Report on vaccination in Madras 1904-1921 - 1904-1921
Year: 1904
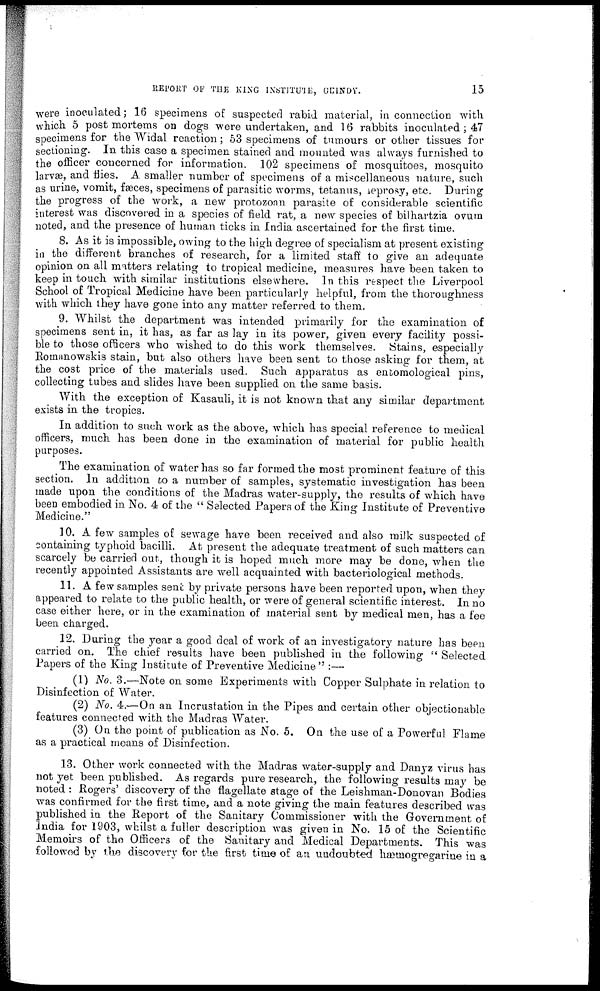
REPORT OF THE KING INSTITUTE, GUINDY.
15
were inoculated; 16 specimens of suspected rabid material, in connection with
which 5 post mortems on dogs were undertaken, and 16 rabbits inoculated; 47
specimens for the Widal reaction; 53 specimens of tumours or other tissues for
sectioning. In this case a specimen stained and mounted was always furnished to
the officer concerned for information. 102 specimens of mosquitoes, mosquito
larvæ, and flies. A smaller number of specimens of a miscellaneous nature, such
as urine, vomit, fæces, specimens of parasitic worms, tetanus, leprosy, etc. During
the progress of the work, a new protozoan parasite of considerable scientific
interest was discovered in a species of field rat, a new species of bilhartzia ovum
noted, and the presence of human ticks in India ascertained for the first time.
8. As it is impossible, owing to the high degree of specialism at present existing
in the different branches of research, for a limited staff to give an adequate
opinion on all matters relating to tropical medicine, measures have been taken to
keep in touch with similar institutions elsewhere. In this respect the Liverpool
School of Tropical Medicine have been particularly helpful, from the thoroughness
with which they have gone into any matter referred to them.
9. Whilst the department was intended primarily for the examination of
specimens sent in, it has, as far as lay in its power, given every facility possi-
ble to those officers who wished to do this work themselves. Stains, especially
Romanowskis stain, but also others have been sent to those asking for them, at
the cost price of the materials used. Such apparatus as entomological pins,
collecting tubes and slides have been supplied on the same basis.
With the exception of Kasauli, it is not known that any similar department
exists in the tropics.
In addition to such work as the above, which has special reference to medical
officers, much has been done in the examination of material for public health
purposes.
The examination of water has so far formed the most prominent feature of this
section. In addition to a number of samples, systematic investigation has been
made upon the conditions of the Madras water-supply, the results of which have
been embodied in No. 4 of the " Selected Papers of the King Institute of Preventive
Medicine."
10. A few samples of sewage have been received and also milk suspected of
containing typhoid bacilli. At present the adequate treatment of such matters can
scarcely be carried out, though it is hoped much more may be done, when the
recently appointed Assistants are well acquainted with bacteriological methods.
11. A few samples sent by private persons have been reported upon, when they
appeared to relate to the public health, or were of general scientific interest. In no
case either here, or in the examination of material sent by medical men, has a fee
been charged.
12. During the year a good deal of work of an investigatory nature has been
carried on. The chief results have been published in the following " Selected
Papers of the King Institute of Preventive Medicine" :—
(1) No. 3.—Note on some Experiments with Copper Sulphate in relation to
Disinfection of Water.
(2) No. 4.—On an Incrustation in the Pipes and certain other objectionable
features connected with the Madras Water.
(3) On the point of publication as No. 5. On the use of a Powerful Flame
as a practical means of Disinfection.
13. Other work connected with the Madras water-supply and Danyz virus has
not yet been published. As regards pure research, the following results may be
noted : Rogers' discovery of the flagellate stage of the Leishman-Donovan Bodies
was confirmed for the first time, and a note giving the main features described was
published in the Report of the Sanitary Commissioner with the Government of
India for 1903, whilst a fuller description was given in No. 15 of the Scientific
Memoirs of the Officers of the Sanitary and Medical Departments. This was
followed by the discovery for the first time of an undoubted hæmogregarine in a